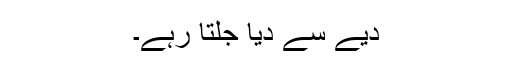
دیے سے دیا جلتا رہے۔